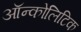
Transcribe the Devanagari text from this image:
ऑन्कोलिटिक